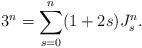
LaTeX: \begin{align*} 3^n = \sum_{s = 0}^n (1+2s)J_s^n.\end{align*}